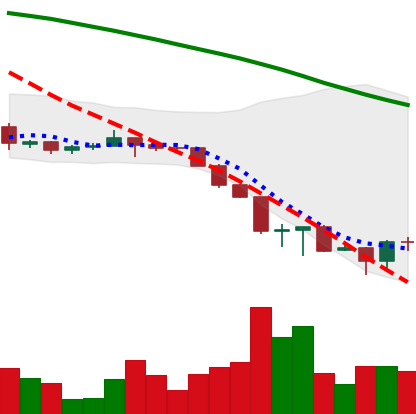
Ticker: ETH-USD
Chart end date: 2022-06-20
Forward return: 10.27%
Label: up_7plus